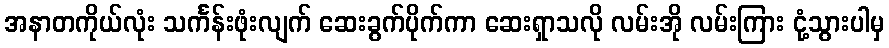
အနာတကိုယ်လုံး သင်္ကန်းဖုံးလျက် ဆေးခွက်ပိုက်ကာ ဆေးရှာသလို လမ်းအို လမ်းကြား ငုံ့သွားပါမှ